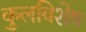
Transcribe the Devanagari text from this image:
कुलविशेष